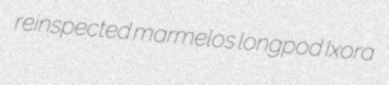
reinspected marmelos longpod Ixora